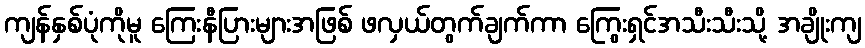
ကျန်နှစ်ပုံကိုမူ ကြေးနီပြားများအဖြစ် ဖလှယ်တွက်ချက်ကာ ကြွေးရှင်အသီးသီးသို့ အချိုးကျ